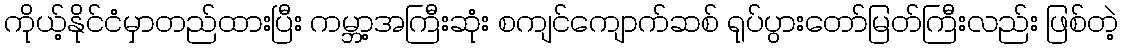
ကိုယ့်နိုင်ငံမှာတည်ထားပြီး ကမ္ဘာ့အကြီးဆုံး စကျင်ကျောက်ဆစ် ရုပ်ပွားတော်မြတ်ကြီးလည်း ဖြစ်တဲ့